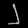
Digit: ၂